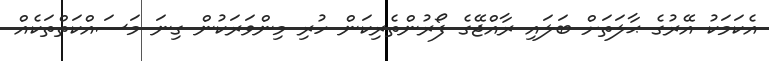
އެކަމަކު އޭރުގެ ޙާލަތަށް ބަލައި ރާއްޖޭގެ ފޯރުންތެރިކަން ހުރި މިންވަރަކުން ގިނަ މަސައްކަތްތަކެއް